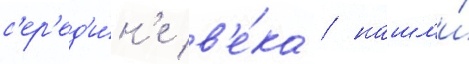
с'ер'ед'и́н'е в'е́ка / нашл'и́